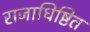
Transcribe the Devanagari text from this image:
राजाधिष्ठित